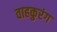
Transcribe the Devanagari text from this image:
वाहकुरंग